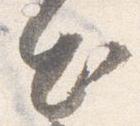
出